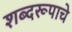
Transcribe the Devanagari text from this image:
शब्दरूपाचे